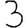
Digit: 3